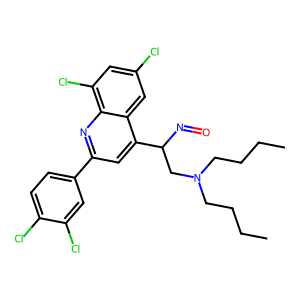
SMILES: CCCCN(CCCC)CC(N=O)c1cc(-c2ccc(Cl)c(Cl)c2)nc2c(Cl)cc(Cl)cc12
Inhibits HIV replication: No